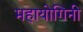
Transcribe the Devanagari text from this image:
महायोगिनी